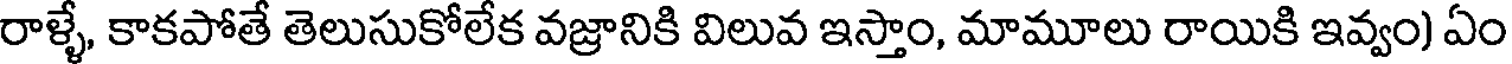
రాళ్ళే, కాకపోతే తెలుసుకోలేక వజ్రానికి విలువ ఇస్తాం, మామూలు రాయికి ఇవ్వం) ఏం